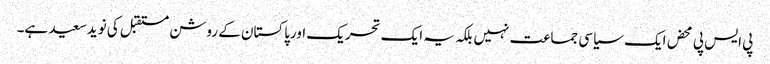
پی ایس پی محض ایک سیاسی جماعت نہیں بلکہ یہ ایک تحریک اورپاکستان کے روشن مستقبل کی نویدسعید ہے۔